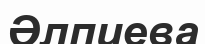
Әлпиева